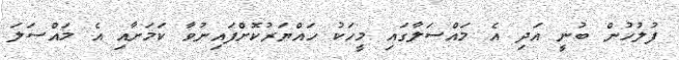
ފުލުހުން ބުނީ އަދި އެ މައްސަލާގައި މީހަކު ހައްޔަރުކޮށްފައިނުވާ ކަމަށާއި އެ މައްސަލަ